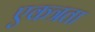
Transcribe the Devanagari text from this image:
एकत्रता